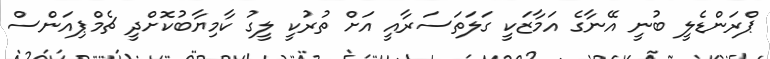
ޕްރަންޑެލީ ބުނީ އޭނާގެ އަމާޒަކީ ގަލަތަސަރާއީ އަށް ތުރުކީ ލީގު ކާމިޔާބުކޮށްދީ ޗެމްޕިއަންސް